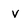
Character: v